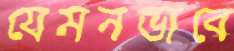
যেমনভাবে